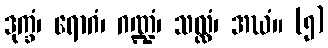
ဒုက္ခံ၊ ရောဂံ၊ ဂဏ္ဍံ၊ သလ္လံ၊ အဃံ။ (၅)